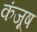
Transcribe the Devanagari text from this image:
कंजूष